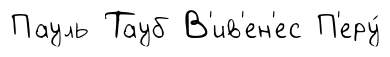
Пауль Тауб В'ив'ен'ес П'еру́